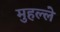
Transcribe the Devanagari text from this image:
मुहल्‍ले